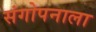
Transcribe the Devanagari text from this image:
संगोपनाला